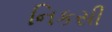
નિકસી